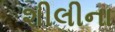
શીલીના